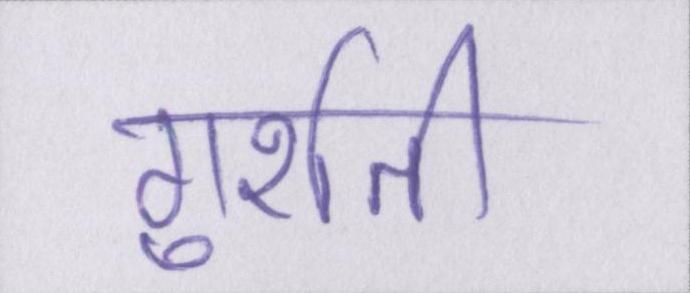
गुर्राती